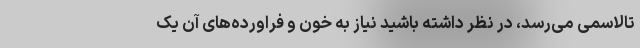
تالاسمی می‌رسد، در نظر داشته باشید نیاز به خون و فراورده‌های آن یک